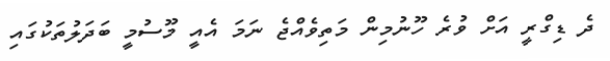
ދެ ޑިގްރީ އަށް ވުރެ ހޫނުމިން މަތިވެއްޖެ ނަމަ އެއީ މޫސުމީ ބަދަލުތަކުގައި